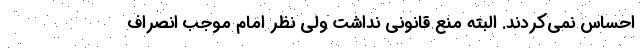
احساس نمی‌کردند. البته منع قانونی نداشت ولی نظر امام موجب انصراف